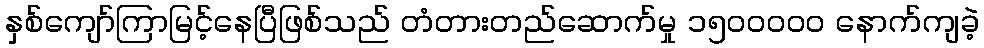
နှစ်ကျော်ကြာမြင့်နေပြီဖြစ်သည် တံတားတည်ဆောက်မှု ၁၅၀၀ဝဝဝ နောက်ကျခဲ့